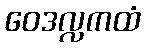
ဝေဒလ္လကထံ